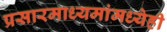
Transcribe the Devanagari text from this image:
प्रसारमाध्यमांमध्येही